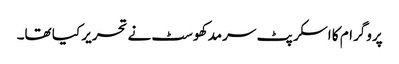
پروگرام کا اسکرپٹ سرمد کھوسٹ نے تحریر کیا تھا۔